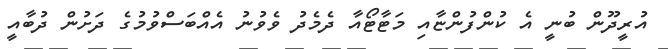
އުރީދޫން ބުނީ އެ ކުންފުންޏާއި މަޓާޓޯއާ ދެމެދު ވެވުނު އެއްބަސްވުމުގެ ދަށުން ދުބާއީ